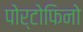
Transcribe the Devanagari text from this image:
पोर्टोफिनो